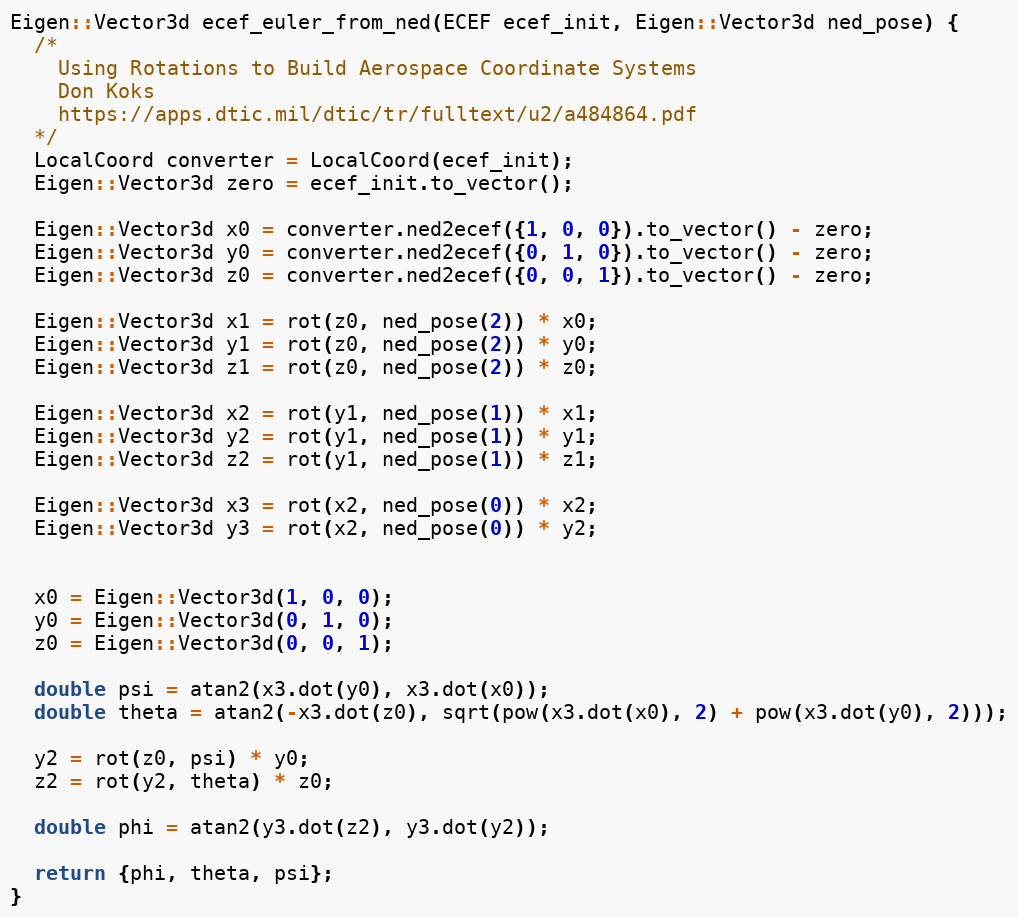
Language: C++
Eigen::Vector3d ecef_euler_from_ned(ECEF ecef_init, Eigen::Vector3d ned_pose) {
  /*
    Using Rotations to Build Aerospace Coordinate Systems
    Don Koks
    https://apps.dtic.mil/dtic/tr/fulltext/u2/a484864.pdf
  */
  LocalCoord converter = LocalCoord(ecef_init);
  Eigen::Vector3d zero = ecef_init.to_vector();

  Eigen::Vector3d x0 = converter.ned2ecef({1, 0, 0}).to_vector() - zero;
  Eigen::Vector3d y0 = converter.ned2ecef({0, 1, 0}).to_vector() - zero;
  Eigen::Vector3d z0 = converter.ned2ecef({0, 0, 1}).to_vector() - zero;

  Eigen::Vector3d x1 = rot(z0, ned_pose(2)) * x0;
  Eigen::Vector3d y1 = rot(z0, ned_pose(2)) * y0;
  Eigen::Vector3d z1 = rot(z0, ned_pose(2)) * z0;

  Eigen::Vector3d x2 = rot(y1, ned_pose(1)) * x1;
  Eigen::Vector3d y2 = rot(y1, ned_pose(1)) * y1;
  Eigen::Vector3d z2 = rot(y1, ned_pose(1)) * z1;

  Eigen::Vector3d x3 = rot(x2, ned_pose(0)) * x2;
  Eigen::Vector3d y3 = rot(x2, ned_pose(0)) * y2;

  x0 = Eigen::Vector3d(1, 0, 0);
  y0 = Eigen::Vector3d(0, 1, 0);
  z0 = Eigen::Vector3d(0, 0, 1);

  double psi = atan2(x3.dot(y0), x3.dot(x0));
  double theta = atan2(-x3.dot(z0), sqrt(pow(x3.dot(x0), 2) + pow(x3.dot(y0), 2)));

  y2 = rot(z0, psi) * y0;
  z2 = rot(y2, theta) * z0;

  double phi = atan2(y3.dot(z2), y3.dot(y2));

  return {phi, theta, psi};
}